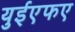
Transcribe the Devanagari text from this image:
युईएफए